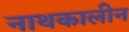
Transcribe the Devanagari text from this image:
नाथकालीन